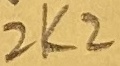
Text: 2K2